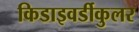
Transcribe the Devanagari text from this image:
किडाइवर्डीकुलर